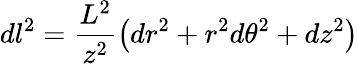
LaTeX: dl^{2}=\frac{L^{2}}{z^{2}}\left(dr^{2}+r^{2}d\theta^{2}+dz^{2}\right)